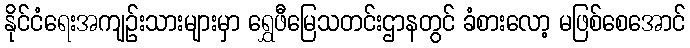
နိုင်ငံရေးအကျဉ်းသားများမှာ ရွှေဖီမြေသတင်းဌာနတွင် ခံစားလော့ မဖြစ်စေအောင်